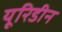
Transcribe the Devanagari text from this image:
यूरिडीन